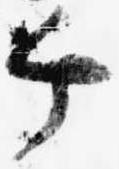
个